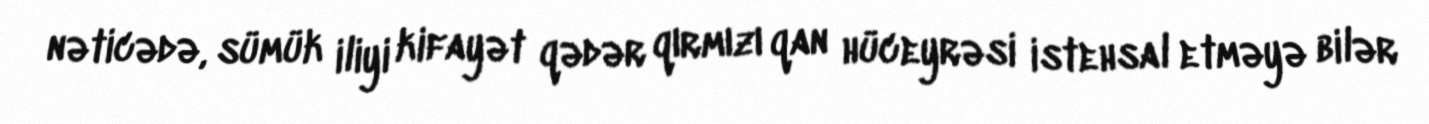
nəticədə, sümük iliyi kifayət qədər qırmızı qan hüceyrəsi istehsal etməyə bilər